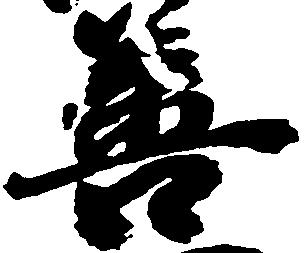
善